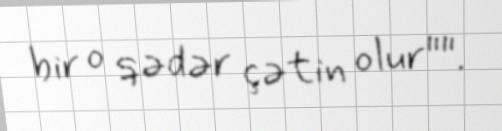
bir o qədər çətin olur"".